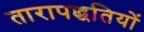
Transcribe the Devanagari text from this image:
तारापद्धतियों